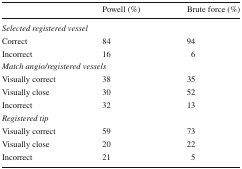
<table><thead><tr><td></td><td><b>Powell (%)</b></td><td><b>Brute force (%)</b></td></tr></thead><tbody><tr><td colspan="3"><i>Selected registered vessel</i></td></tr><tr><td>Correct</td><td>84</td><td>94</td></tr><tr><td>Incorrect</td><td>16</td><td>6</td></tr><tr><td colspan="3"><i>Match angio/registered vessels</i></td></tr><tr><td>Visually correct</td><td>38</td><td>35</td></tr><tr><td>Visually close</td><td>30</td><td>52</td></tr><tr><td>Incorrect</td><td>32</td><td>13</td></tr><tr><td colspan="3"><i>Registered tip</i></td></tr><tr><td>Visually correct</td><td>59</td><td>73</td></tr><tr><td>Visually close</td><td>20</td><td>22</td></tr><tr><td>Incorrect</td><td>21</td><td>5</td></tr></tbody></table>